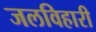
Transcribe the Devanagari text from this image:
जलविहारी